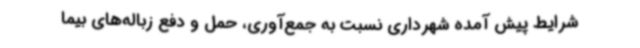
شرایط پیش آمده شهرداری نسبت به جمع‌آوری، حمل و دفع زباله‌های بیما